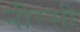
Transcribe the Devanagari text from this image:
नीरसी